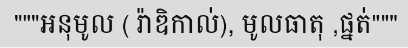
"""អនុមូល ( រ៉ាឌិកាល់), មូលធាតុ ,ផ្នត់"""